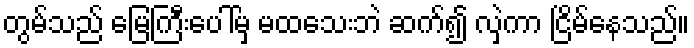
တွမ်သည် မြေကြီးပေါ်မှ မထသေးဘဲ ဆက်၍ လှဲကာ ငြိမ်နေသည်။